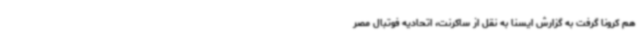
هم کرونا گرفت به گزارش ایسنا به نقل از ساکرنت، اتحادیه فوتبال مصر